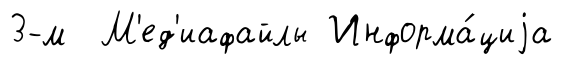
3-м М'ед'иафайлы Информа́циjа